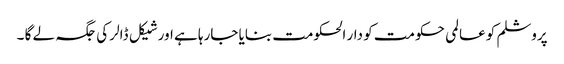
پروشلم کو عالمی حکومت کو دار الحکومت بنایا جارہا ہے اور شیکل ڈالر کی جگہ لے گا ۔